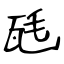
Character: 瓱